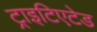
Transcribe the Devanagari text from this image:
ट्राइटिएटेड